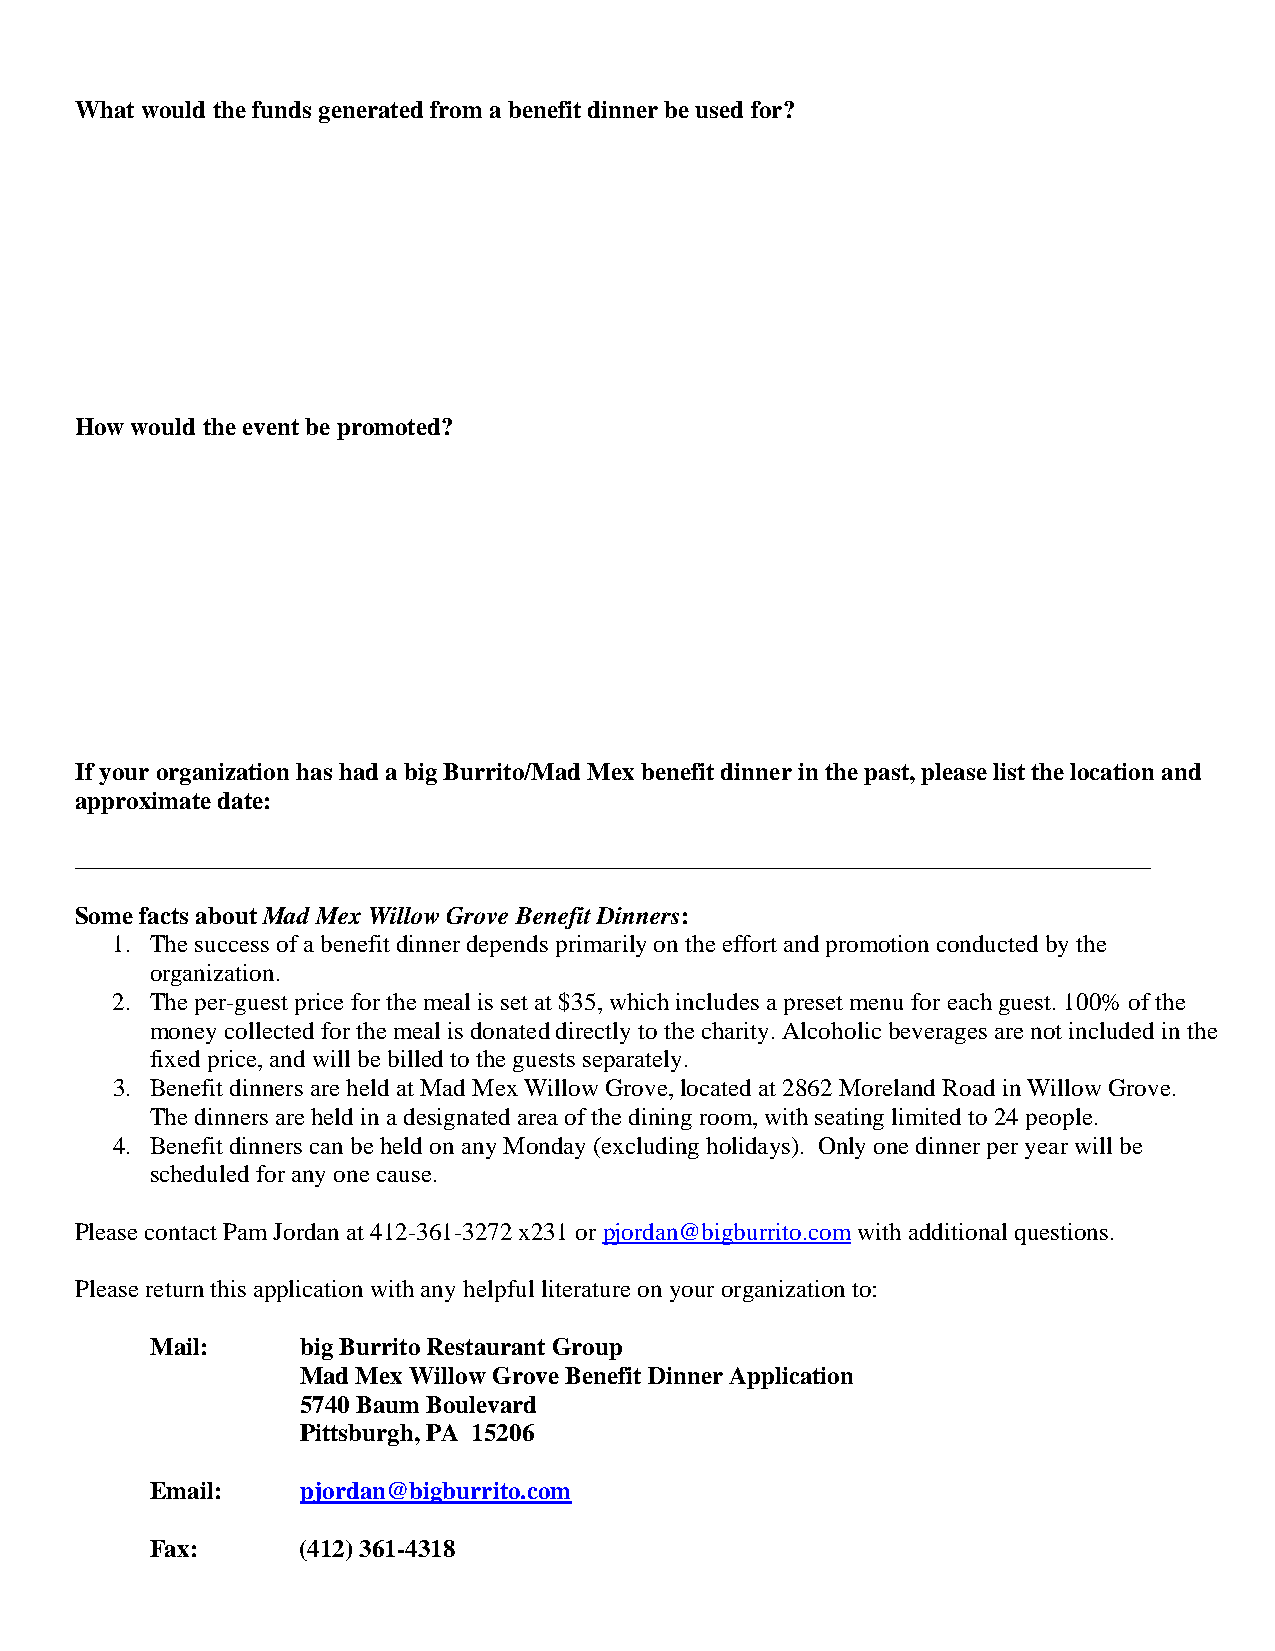
What would the funds generated from a benefit dinner be used for?
 How would the event be promoted?
 If your organization has had a big Burrito/Mad Mex benefit dinner in the past, please list the location and
 approximate date:
 ______________________________________________________________________________________
 Some facts about Mad Mex Willow Grove Benefit Dinners:
 1. The success of a benefit dinner depends primarily on the effort and promotion conducted by the
 organization.
 2. The per-guest price for the meal is set at $35, which includes a preset menu for each guest. 100% of the
 money collected for the meal is donated directly to the charity. Alcoholic beverages are not included in the
 fixed price, and will be billed to the guests separately.
 3. Benefit dinners are held at Mad Mex Willow Grove, located at 2862 Moreland Road in Willow Grove.
 The dinners are held in a designated area of the dining room, with seating limited to 24 people.
 4. Benefit dinners can be held on any Monday (excluding holidays). Only one dinner per year will be
 scheduled for any one cause.
 Please contact Pam Jordan at 412-361-3272 x231 or pjordan@bigburrito.com with additional questions.
 Please return this application with any helpful literature on your organization to:
 Mail:     big Burrito Restaurant Group
 Mad Mex Willow Grove Benefit Dinner Application
 5740 Baum Boulevard
 Pittsburgh, PA 15206
 Email:    pjordan@bigburrito.com
 Fax:      (412) 361-4318